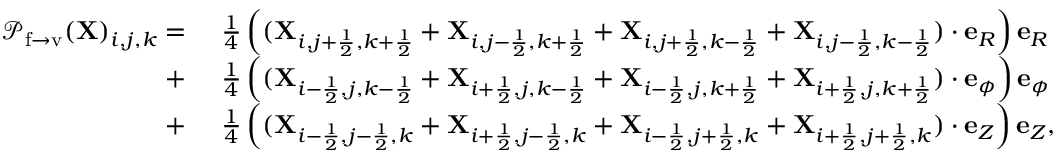
\begin{array} { r l } { { \mathcal { P } } _ { \mathrm { f \rightarrow v } } ( \mathbf { X } ) _ { i , j , k } = ~ } & { \frac { 1 } { 4 } \left( ( \mathbf { X } _ { i , j + \frac { 1 } { 2 } , k + \frac { 1 } { 2 } } + \mathbf { X } _ { i , j - \frac { 1 } { 2 } , k + \frac { 1 } { 2 } } + \mathbf { X } _ { i , j + \frac { 1 } { 2 } , k - \frac { 1 } { 2 } } + \mathbf { X } _ { i , j - \frac { 1 } { 2 } , k - \frac { 1 } { 2 } } ) \cdot \mathbf { e } _ { R } \right) \mathbf { e } _ { R } } \\ { + ~ } & { \frac { 1 } { 4 } \left( ( \mathbf { X } _ { i - \frac { 1 } { 2 } , j , k - \frac { 1 } { 2 } } + \mathbf { X } _ { i + \frac { 1 } { 2 } , j , k - \frac { 1 } { 2 } } + \mathbf { X } _ { i - \frac { 1 } { 2 } , j , k + \frac { 1 } { 2 } } + \mathbf { X } _ { i + \frac { 1 } { 2 } , j , k + \frac { 1 } { 2 } } ) \cdot \mathbf { e } _ { \phi } \right) \mathbf { e } _ { \phi } } \\ { + ~ } & { \frac { 1 } { 4 } \left( ( \mathbf { X } _ { i - \frac { 1 } { 2 } , j - \frac { 1 } { 2 } , k } + \mathbf { X } _ { i + \frac { 1 } { 2 } , j - \frac { 1 } { 2 } , k } + \mathbf { X } _ { i - \frac { 1 } { 2 } , j + \frac { 1 } { 2 } , k } + \mathbf { X } _ { i + \frac { 1 } { 2 } , j + \frac { 1 } { 2 } , k } ) \cdot \mathbf { e } _ { Z } \right) \mathbf { e } _ { Z } , } \end{array}